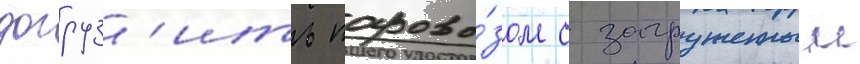
догруз'ить парово́зом с загруженным